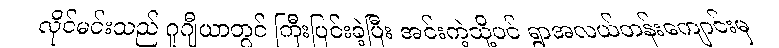
လိုင်မင်းသည် ဂူဂျီယာတွင် ကြီးပြင်းခဲ့ပြီး အင်းကဲ့သို့ပင် ရွာအလယ်တန်းကျောင်းမှ